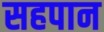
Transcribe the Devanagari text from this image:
सहपान